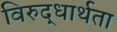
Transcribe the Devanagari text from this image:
विरुद्धार्थता